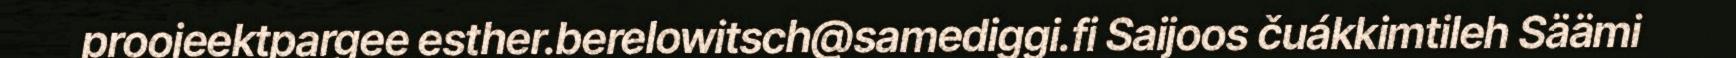
proojeektpargee esther.berelowitsch@samediggi.fi Saijoos čuákkimtileh Säämi